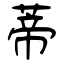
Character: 蒂